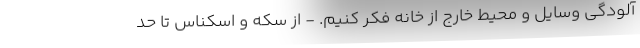
آلودگی وسایل و محیط خارج از خانه فکر کنیم. - از سکه و اسکناس تا حد